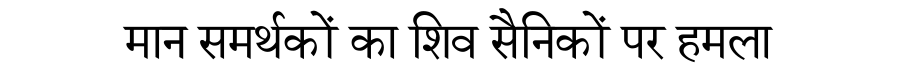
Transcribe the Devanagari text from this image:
मान समर्थकों का शिव सैनिकों पर हमला